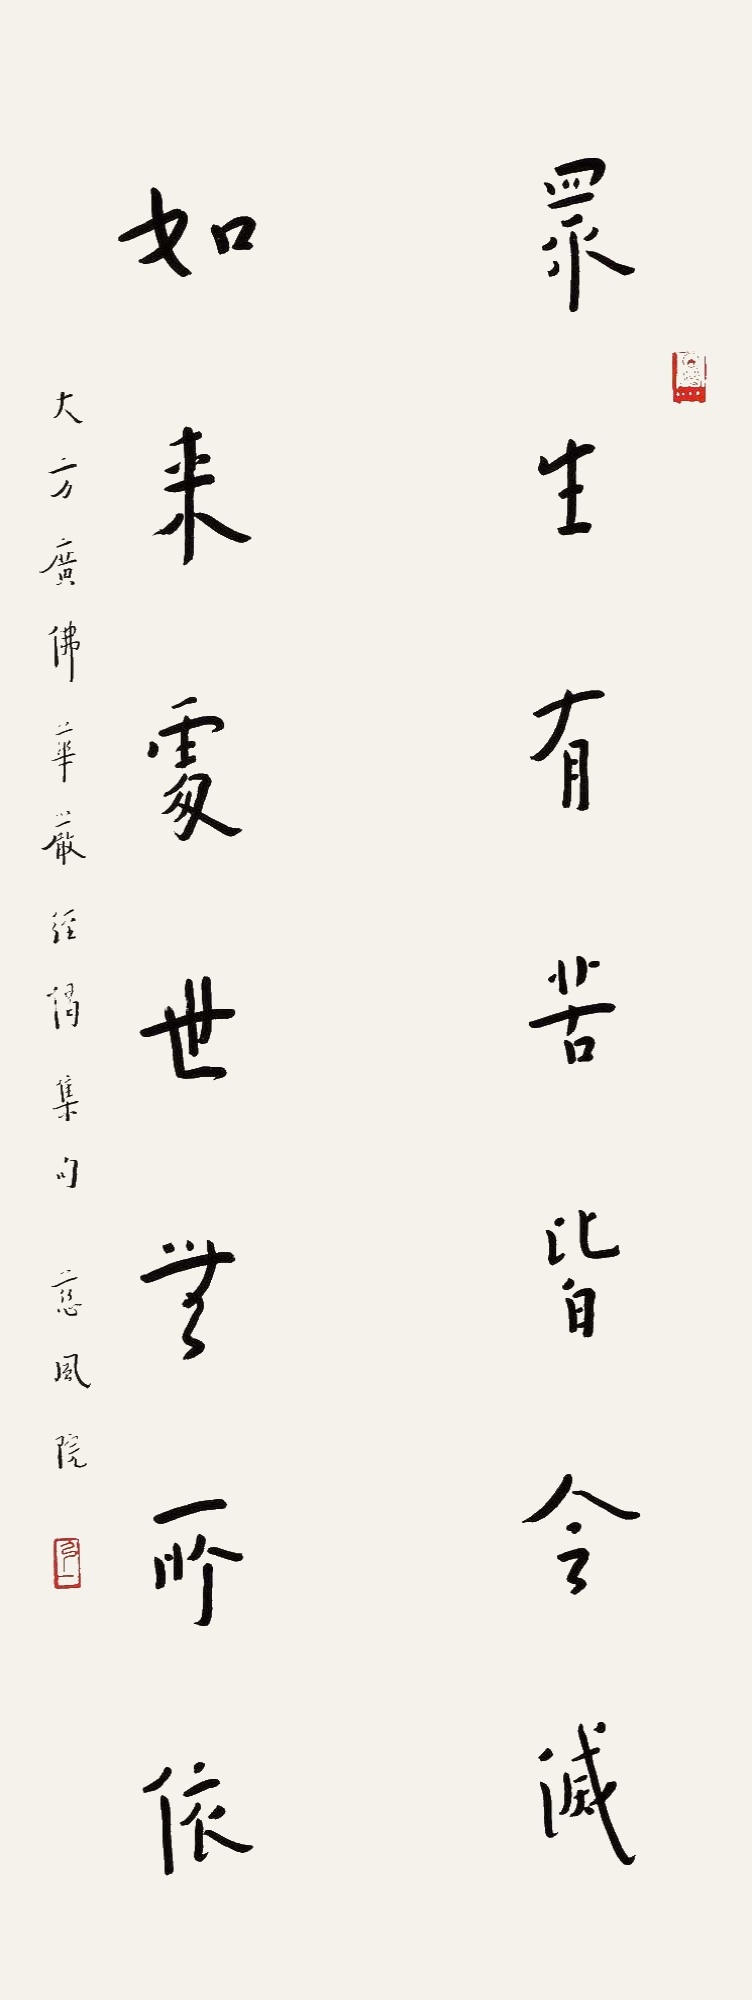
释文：众生有苦皆令灭，如来处世无所依。大方广佛华严经偈集句，慈风院。